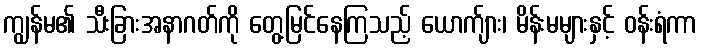
ကျွန်မ၏ သီးခြားအနာဂတ်ကို တွေ့မြင်နေကြသည့် ယောက်ျား၊ မိန်းမများနှင့် ဝန်းရံကာ